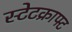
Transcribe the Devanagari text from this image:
स्टेटक्राफ्ट